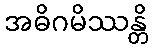
အဓိဂမိဿန္တိ